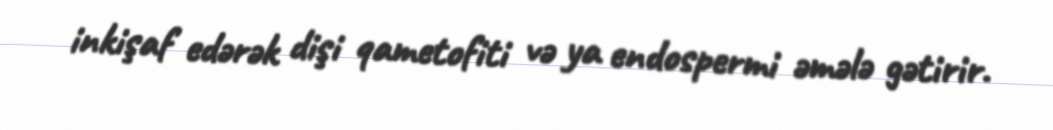
inkişaf edərək dişi qametofiti və ya endospermi əmələ gətirir.